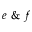
e \ \& \ f